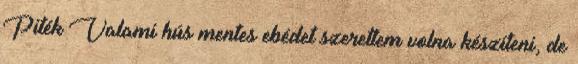
Piték Valami hús mentes ebédet szerettem volna készíteni, de